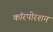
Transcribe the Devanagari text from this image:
कॉरपोरशन